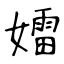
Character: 𡢽